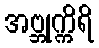
အဗ္ဘုက္ကိရိ